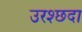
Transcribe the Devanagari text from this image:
उरश्छदा